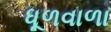
ધૂળવાળા